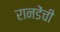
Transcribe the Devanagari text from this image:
रानडेंची